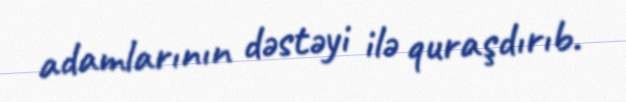
adamlarının dəstəyi ilə quraşdırıb.